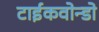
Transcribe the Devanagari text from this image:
टाईकवोन्डो